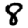
Digit: 8